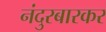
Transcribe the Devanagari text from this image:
नंदुरबारकर